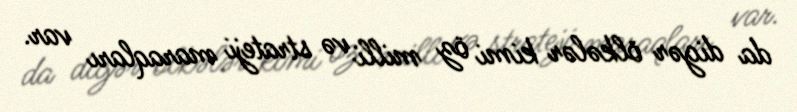
da digər ölkələr kimi öz milli və strateji maraqları var.